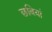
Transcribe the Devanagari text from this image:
छबियां